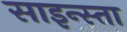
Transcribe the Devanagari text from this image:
साइन्स्ता